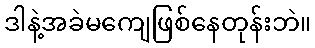
ဒါနဲ့အခဲမကျေဖြစ်နေတုန်းဘဲ။